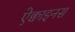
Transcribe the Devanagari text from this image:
ऐक्वाइनस